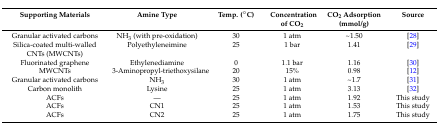
<table><thead><tr><td><b>Supporting Materials</b></td><td><b>Amine Type</b></td><td><b>Temp. (°C)</b></td><td><b>Concentration of CO<sub>2</sub></b></td><td><b>CO<sub>2</sub> Adsorption (mmol/g)</b></td><td><b>Source</b></td></tr></thead><tbody><tr><td>Granular activated carbons</td><td>NH<sub>3</sub> (with pre-oxidation)</td><td>30</td><td>1 atm</td><td>~1.50</td><td>[28]</td></tr><tr><td>Silica-coated multi-walled CNTs (MWCNTs)</td><td>Polyethyleneimine</td><td>25</td><td>1 bar</td><td>1.41</td><td>[29]</td></tr><tr><td>Fluorinated graphene</td><td>Ethylenediamine</td><td>0</td><td>1.1 bar</td><td>1.16</td><td>[30]</td></tr><tr><td>MWCNTs</td><td>3-Aminopropyl-triethoxysilane</td><td>20</td><td>15%</td><td>0.98</td><td>[12]</td></tr><tr><td>Granular activated carbons</td><td>NH<sub>3</sub></td><td>30</td><td>1 atm</td><td>~1.7</td><td>[31]</td></tr><tr><td>Carbon monolith</td><td>Lysine</td><td>25</td><td>1 atm</td><td>3.13</td><td>[32]</td></tr><tr><td>ACFs</td><td>—</td><td>25</td><td>1 atm</td><td>1.92</td><td>This study</td></tr><tr><td>ACFs</td><td>CN1</td><td>25</td><td>1 atm</td><td>1.53</td><td>This study</td></tr><tr><td>ACFs</td><td>CN2</td><td>25</td><td>1 atm</td><td>1.75</td><td>This study</td></tr></tbody></table>